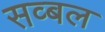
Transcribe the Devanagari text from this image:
सव्बल